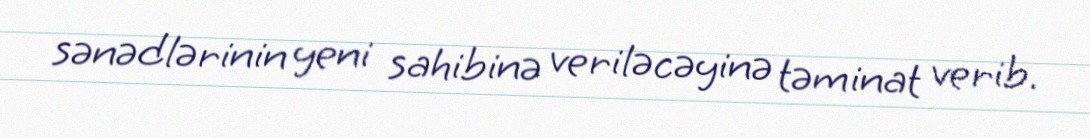
sənədlərinin yeni sahibinə veriləcəyinə təminat verib.